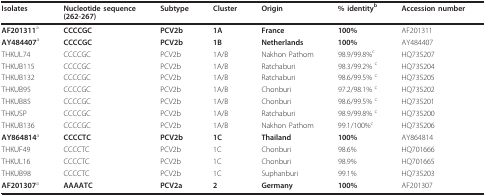
| Isolates | Nucleotide sequence(262-267) | Subtype | Cluster | Origin | % identityb | Accession number |
 | --- | --- | --- | --- | --- | --- | --- |
 | AF201311a | CCCCGC | PCV2b | 1A | France | 100% | AF201311 |
 | AY484407a | CCCCGC | PCV2b | 1B | Netherlands | 100% | AY484407 |
 | THKUL74 | CCCCGC | PCV2b | 1A/B | Nakhon Pathom | 98.9/99.8%c | HQ735207 |
 | THKUB115 | CCCCGC | PCV2b | 1A/B | Ratchaburi | 98.3/99.2% c | HQ735204 |
 | THKUB132 | CCCCGC | PCV2b | 1A/B | Ratchaburi | 98.6/99.5% c | HQ735205 |
 | THKUB95 | CCCCGC | PCV2b | 1A/B | Chonburi | 97.2/98.1% c | HQ735202 |
 | THKUB85 | CCCCGC | PCV2b | 1A/B | Chonburi | 98.6/99.5% c | HQ735201 |
 | THKUSP | CCCCGC | PCV2b | 1A/B | Ratchaburi | 98.9/99.8% c | HQ735200 |
 | THKUB136 | CCCCGC | PCV2b | 1A/B | Nakhon Pathom | 99.1/100%c | HQ735206 |
 | AY864814a | CCCCTC | PCV2b | 1C | Thailand | 100% | AY864814 |
 | THKUF49 | CCCCTC | PCV2b | 1C | Chonburi | 98.6% | HQ701666 |
 | THKUL16 | CCCCTC | PCV2b | 1C | Chonburi | 98.9% | HQ701665 |
 | THKUB98 | CCCCTC | PCV2b | 1C | Suphanburi | 99.1% | HQ735203 |
 | AF201307a | AAAATC | PCV2a | 2 | Germany | 100% | AF201307 |